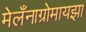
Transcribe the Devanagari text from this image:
मेलँनाग्रोमायझा